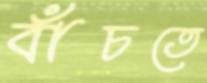
বাঁচতে